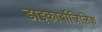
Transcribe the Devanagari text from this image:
डाइकार्बोजिलिक